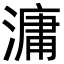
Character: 滽